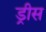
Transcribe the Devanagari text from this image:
ड्रीस